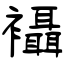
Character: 襵